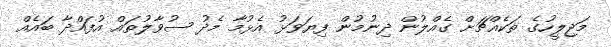
މަޖިލީހުގެ ތަކެއްޗަށް ގެއްލުން ދިނުމުން ފިޔަވަޅު އެޅުމާ މެދު ސުވާލުތައް އުފައްދާ ބައެއް